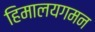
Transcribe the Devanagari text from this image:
हिमालयगमन